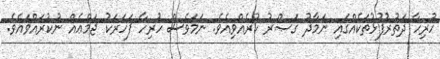
ހުރިހާ ދަތުރުފުޅުތަކެއްގައި ނަމާދު ގަޞްރު ކުރެއްވިއެވެ. ނަމަވެސް ހުރިހާ ފަހަރަކު ޖަމްޢެއް ނުކުރައްވައެވެ.